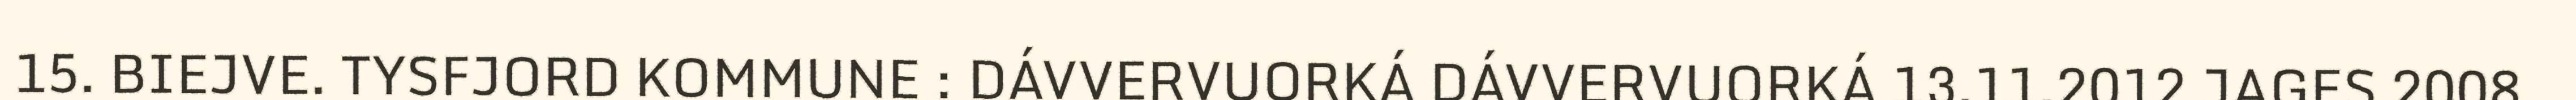
15. BIEJVE. TYSFJORD KOMMUNE : DÁVVERVUORKÁ DÁVVERVUORKÁ 13.11.2012 JAGES 2008